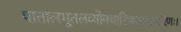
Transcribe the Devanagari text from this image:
पातालभूतलव्योमचारिणश्छद्मचारिणः।